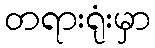
တရားရုံးမှာ